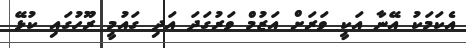
އެކަމަކު އޭނާ އަކީ ވަރަށް އަޒުމް ވަރުގަދަ އަދި ގައުމީ ރޫހުގައި ކުޅޭ